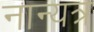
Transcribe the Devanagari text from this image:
नान्यत्र